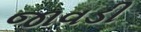
જાવડી